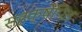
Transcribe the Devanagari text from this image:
सहक्षेपित